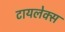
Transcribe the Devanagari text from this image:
टायलेक्स